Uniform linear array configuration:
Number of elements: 12
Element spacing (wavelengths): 0.5
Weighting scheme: hamming
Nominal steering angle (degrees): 15
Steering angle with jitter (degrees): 15.956
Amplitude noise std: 0.05
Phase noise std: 0.05

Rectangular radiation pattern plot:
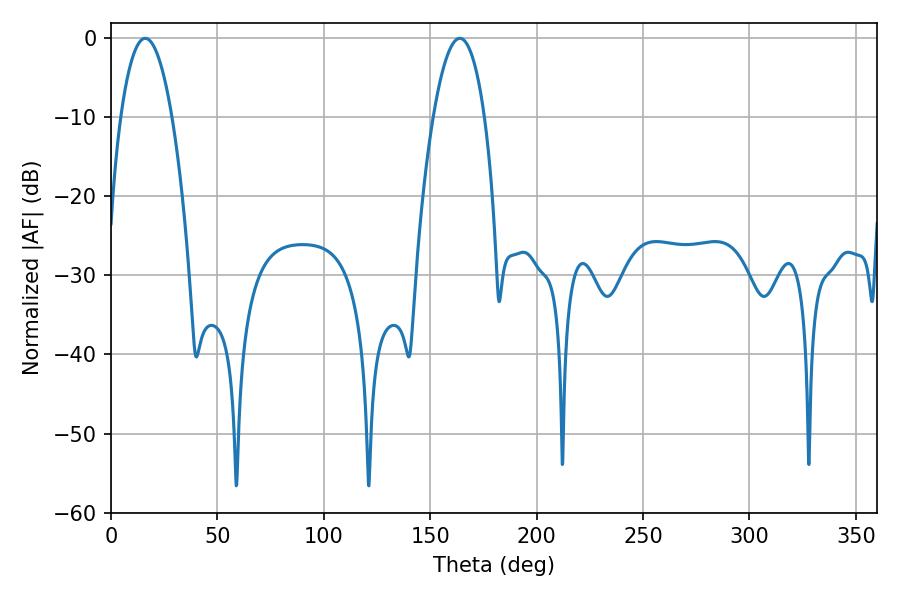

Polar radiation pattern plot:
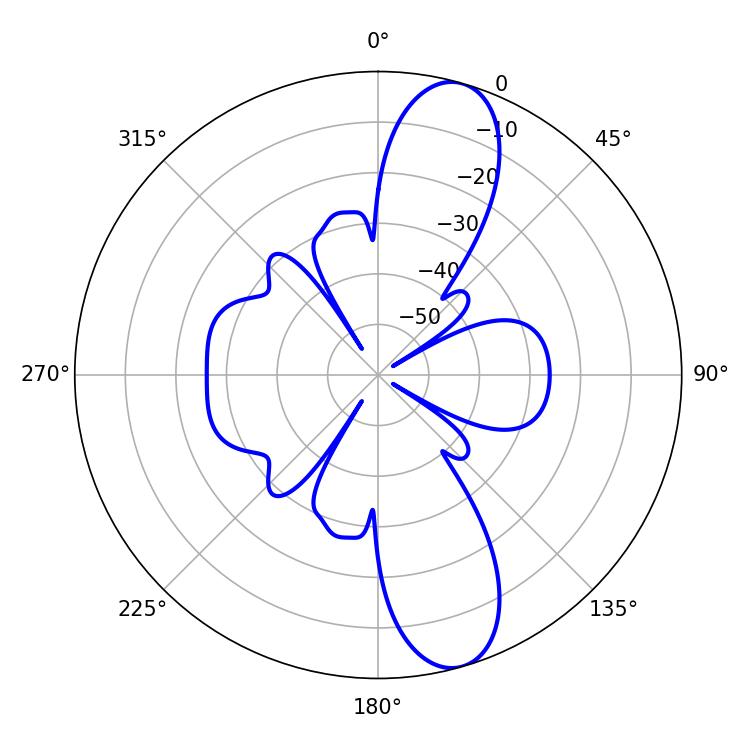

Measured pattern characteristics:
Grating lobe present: FALSE
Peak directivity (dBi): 11.606
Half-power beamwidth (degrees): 13.32
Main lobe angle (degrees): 16.02